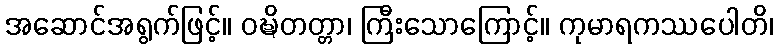
အဆောင်အရွက်ဖြင့်။ ဝဍ္ဎိတတ္တာ၊ ကြီးသောကြောင့်။ ကုမာရကဿပေါတိ၊